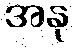
အနု